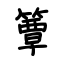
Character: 簟